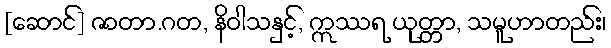
[ဆောင်] ဇာတာ.ဂတ, နိဝါသနှင့်, ဣဿရ ယုတ္တာ, သမူဟာတည်း၊